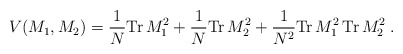
\begin{align*}V(M_1 ,M_2 ) = \frac{1}{N} \mbox{Tr} \, M_1^2 + \frac{1}{N} \mbox{Tr} \,M_2^2 +\frac{1}{N^2 } \mbox{Tr} \, M_1^2 \, \mbox{Tr} \, M_2^2 \; .\end{align*}